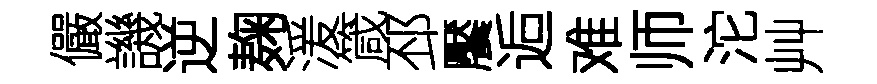
儼譏逆麹湲箴邳饜逅难师沱艸